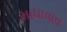
માધાવાવ